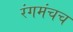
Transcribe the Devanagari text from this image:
रंगमंचच